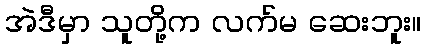
အဲဒီမှာ သူတို့က လက်မ ဆေးဘူး။